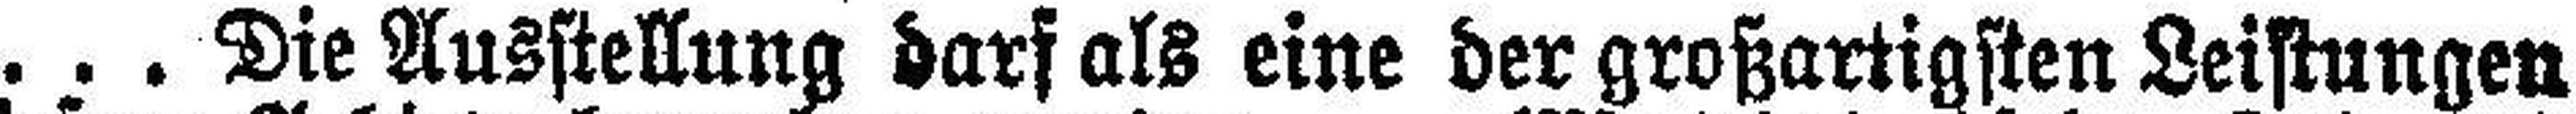
... Die Ausstellung darf als eine der großartigsten Leistungen